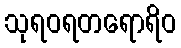
သုရဝရတရောရိဝ